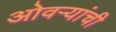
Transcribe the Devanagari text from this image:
ओवऱ्यांची